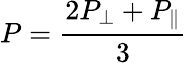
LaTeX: P=\frac{2P_{\perp}+P_{\| }}{3}